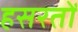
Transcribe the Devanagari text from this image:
हसरतों